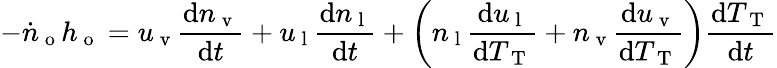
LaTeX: -\dot{n}_{\mathrm{~o~}}h_{\mathrm{~o~}}=u_{\mathrm{~v~}}\frac{\mathrm{d}n_{\mathrm{~v~}}}{\mathrm{d}t}+u_{\mathrm{~l~}}\frac{\mathrm{d}n_{\mathrm{~l~}}}{\mathrm{d}t}+\bigg(n_{\mathrm{~l~}}\frac{\mathrm{d}u_{\mathrm{~l~}}}{\mathrm{d}T_{\mathrm{~T~}}}+n_{\mathrm{~v~}}\frac{\mathrm{d}u_{\mathrm{~v~}}}{\mathrm{d}T_{\mathrm{~T~}}}\bigg)\frac{\mathrm{d}T_{\mathrm{~T~}}}{\mathrm{d}t}